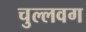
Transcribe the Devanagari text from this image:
चुल्लवग